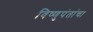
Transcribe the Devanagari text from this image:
विष्णुपंतांचा